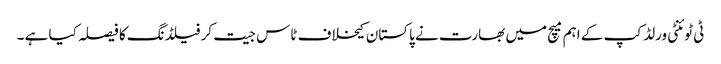
ٹی ٹوئنٹی ورلڈ کپ کے اہم میچ میں بھارت نے پاکستان کیخلاف ٹاس جیت کر فیلڈنگ کا فیصلہ کیا ہے ۔